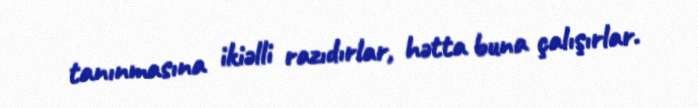
tanınmasına ikiəlli razıdırlar, hətta buna çalışırlar.